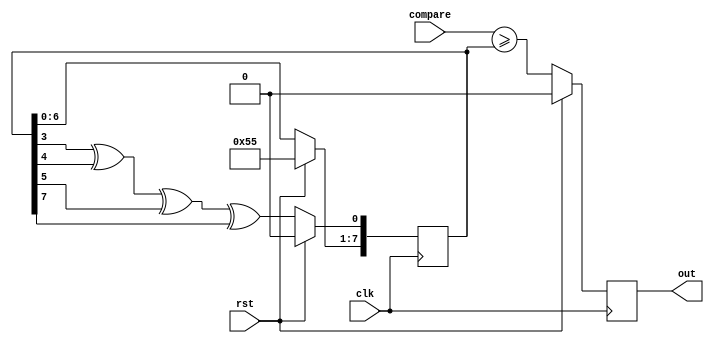

module inderjit_8bit_prs_generator (clk, rst, compare, out);
    input clk, rst;
    input [8:1] compare;
    output reg out;

    reg [8:1] sr;

    always @(posedge clk)
    begin
        if (rst) begin
            sr  <= 8'b10101010;     // initial non-zero value
            out <= 0;
        end
        else begin
            sr[8:2] <= sr[7:1];
            sr[1]   <= sr[4] ^ sr[5] ^ sr[6] ^ sr[8];
            out     <= (compare >= sr);
        end
    end
endmodule